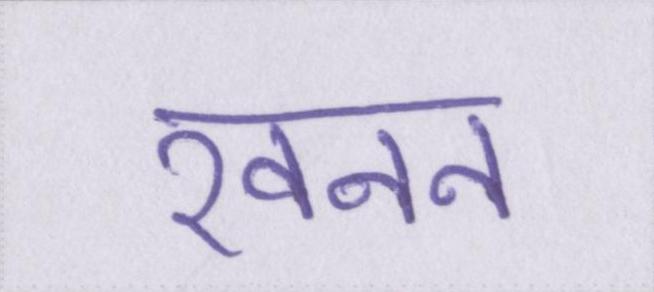
खनन